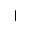
\vert